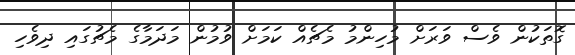
ގޮތަކުން ވެސް ވަރަށް މުހިންމު މެޗެއް ކަމަށް ވުމުން މަދަމާގެ މެޗުގައި ދިވެހި